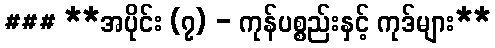
### **အပိုင်း (၇) - ကုန်ပစ္စည်းနှင့် ကုဒ်များ**